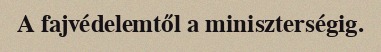
A fajvédelemtől a miniszterségig.